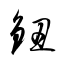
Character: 鈕